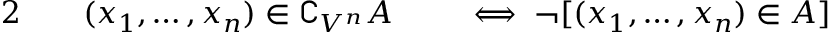
\begin{array} { r l r l } { { 2 } \quad } & { { } ( x _ { 1 } , \ldots , x _ { n } ) \in \complement _ { V ^ { n } } A } & { } & { { } \iff \neg [ ( x _ { 1 } , \ldots , x _ { n } ) \in A ] } \end{array}